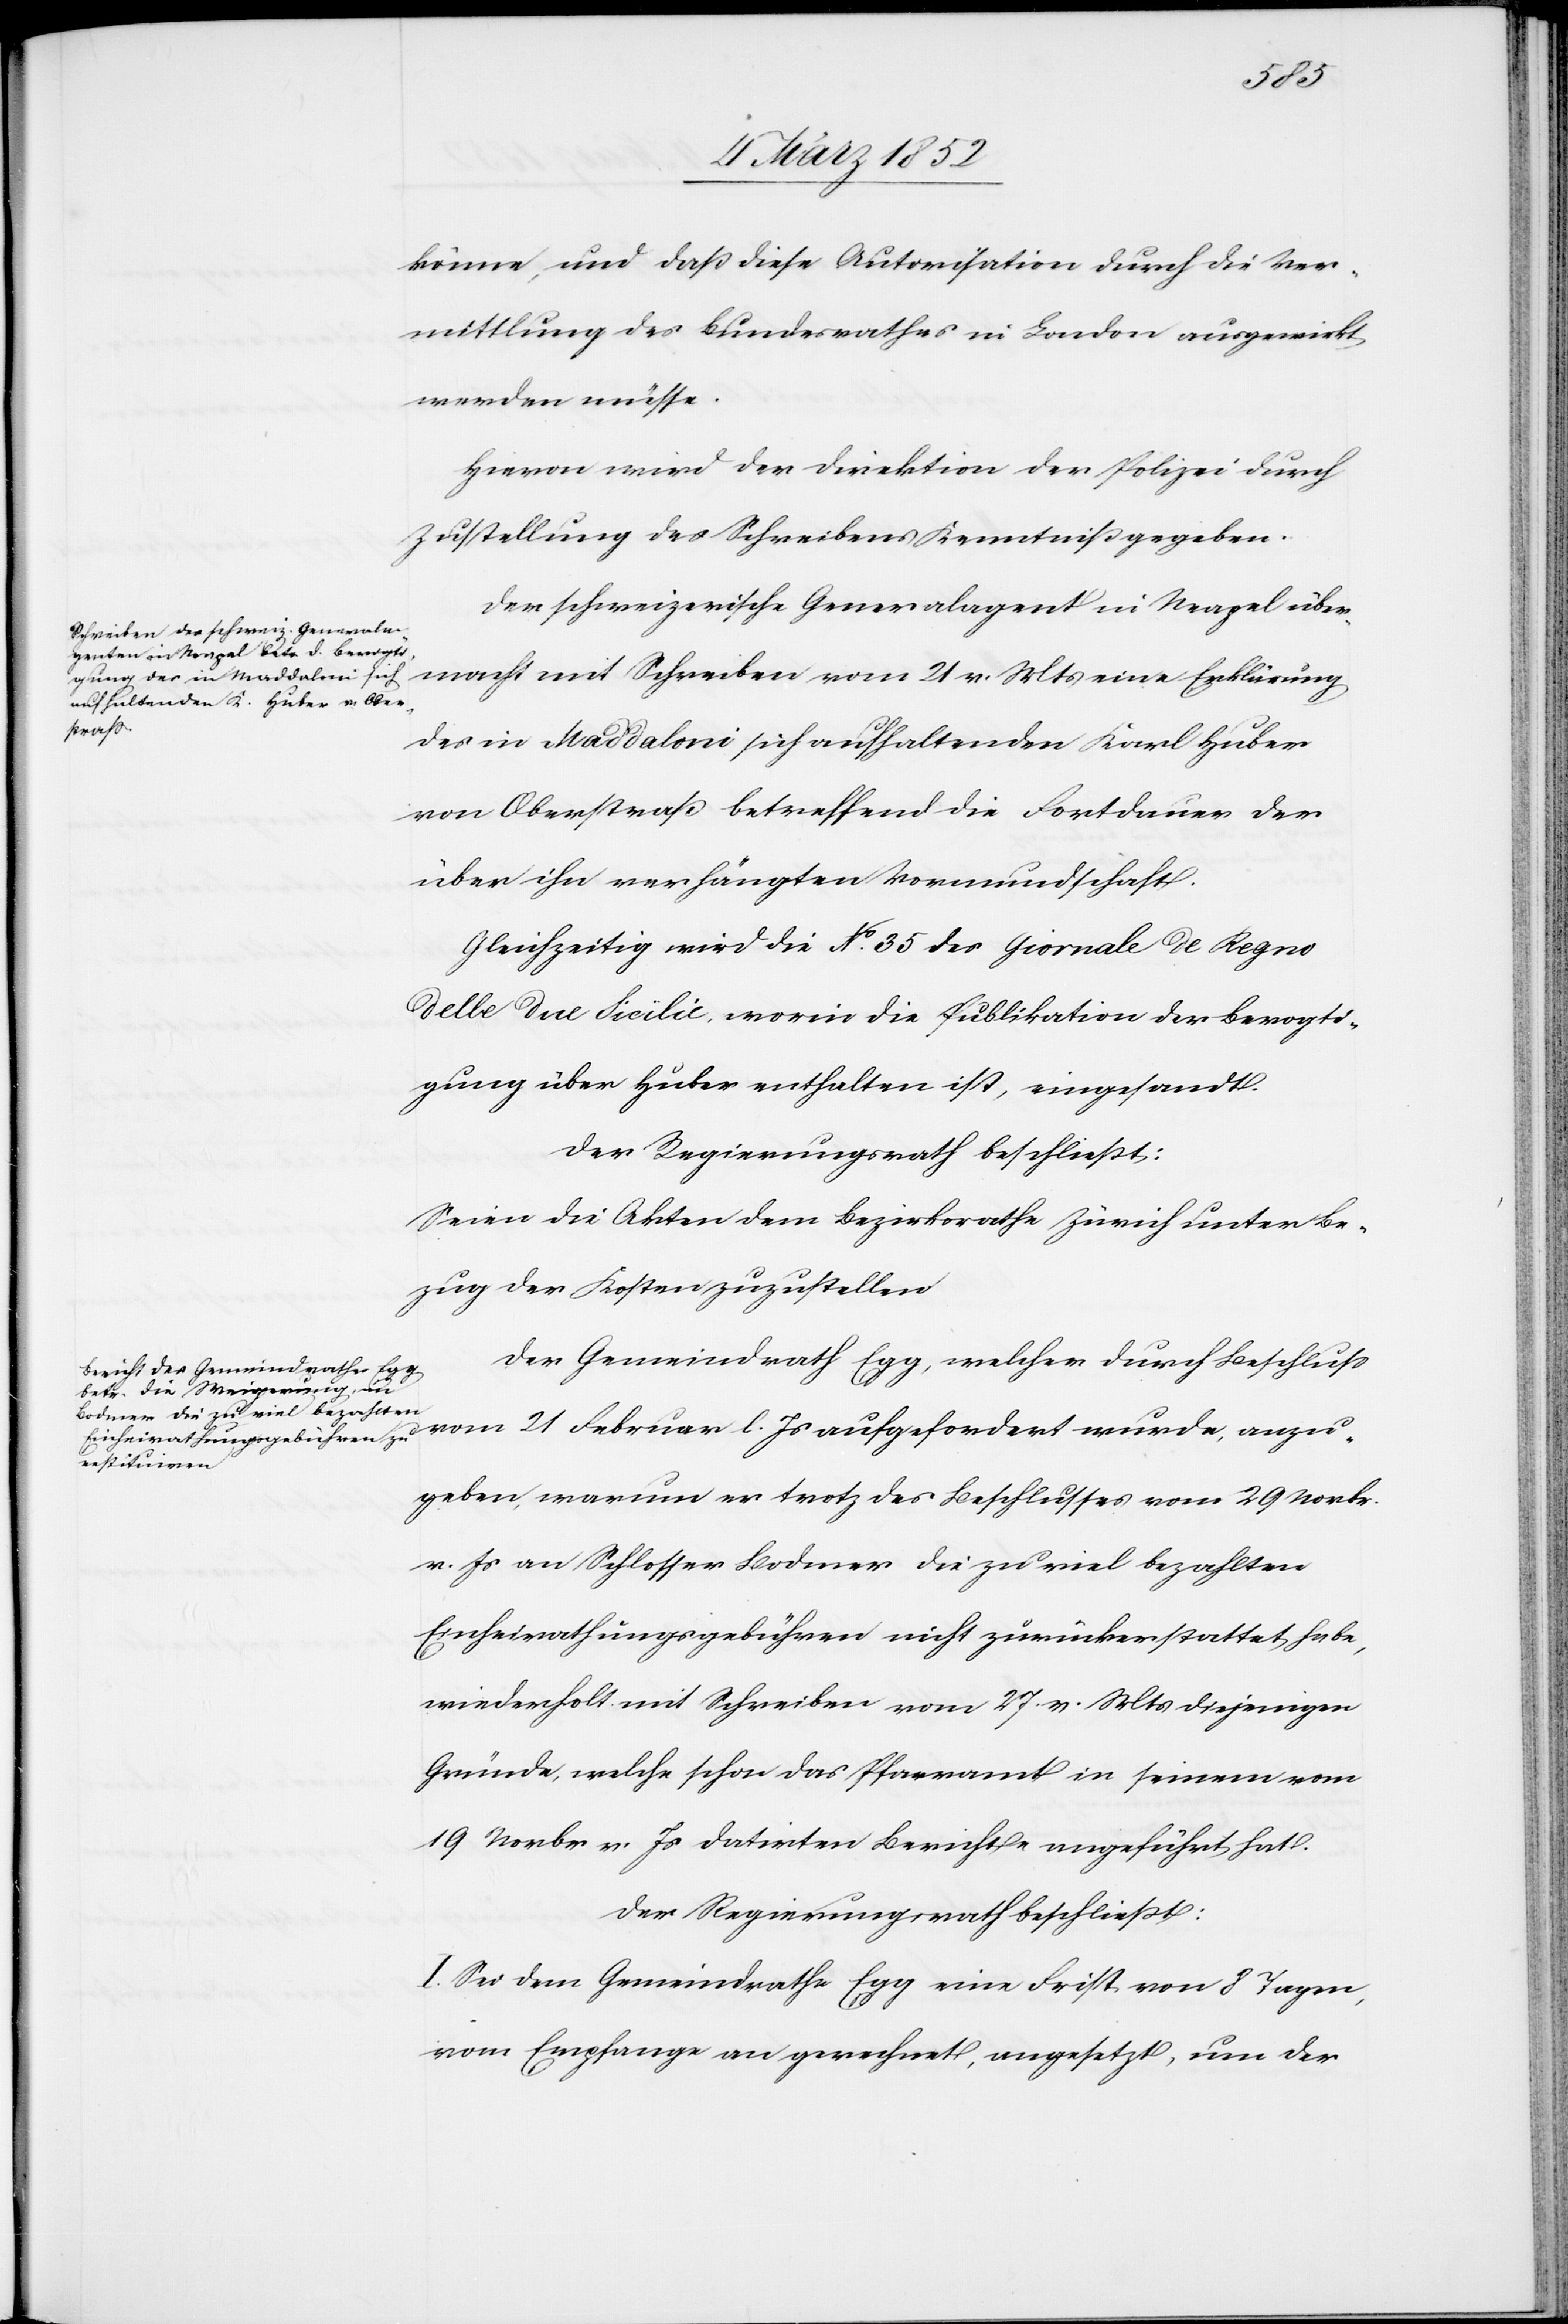
anzu¬
könne, und daß diese Autorisation durch die Ver¬
mittlung des Bundesrathes in London ausgewirkt
werden müsse.
Hiervon wird der Direktion der Polizei durch
Zustellung des Schreibens Kenntniß gegeben.
Der schweizerische Generalagent in Neapel über¬
macht mit Schreiben vom 21 v. Mts eine Erklärung
des in Maddaloni sich aufhaltenden Karl Huber
von Oberstraß betreffend die Fortdauer der
über ihn verhängten Vormundschaft.
Gleichzeitig wird die No. 35 des Giornale de Regno
delle due Sicilie, worin die Publikation der Bevogti¬
gung über Huber enthalten ist, eingesandt.
Der Regierungsrath beschließt:
Seien die Akten dem Bezirksrathe Zürich unter Be¬
zug der Kosten zuzustellen.
Der Gemeindrath Egg, welcher durch Beschluß
geben, warum er trotz des Beschlußes vom 29 Novbr.
v. Js an Schlosser Bodmer die zu viel bezahlten
Einheirathungsgebühren nicht zurückerstattet habe,
wiederholt mit Schreiben vom 27. v. Mts diejenigen
Gründe, welche schon das Pfarramt in seinem vom
19 Novbr v. Js datirten Berichte angeführt hat.
Der Regierungsrath beschließt:
I. Sei dem Gemeindrathe Egg eine Frist von 8 Tagen,
vom Empfange an gerechnet, angesetzt, um der